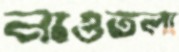
নাওতলা